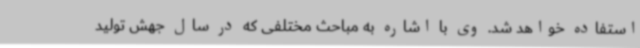
استفاده خواهد شد. وی با اشاره به مباحث مختلفی که در سال جهش تولید